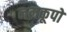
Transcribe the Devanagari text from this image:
नलकूपो